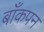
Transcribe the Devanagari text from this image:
बाँकपन